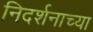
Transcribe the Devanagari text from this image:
निदर्शनाच्या